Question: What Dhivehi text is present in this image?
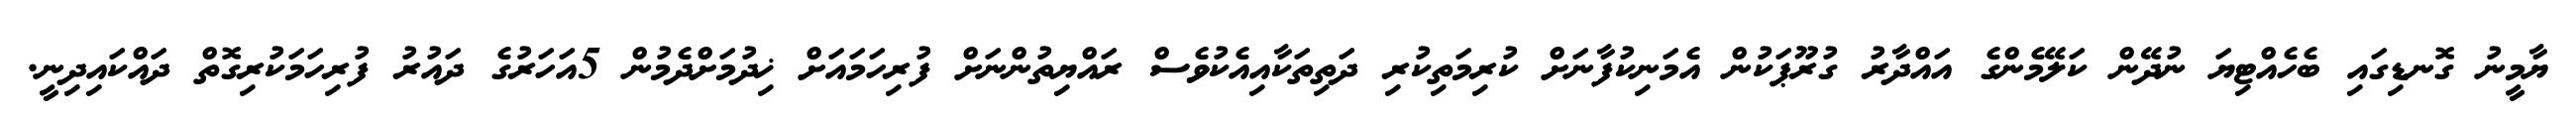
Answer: ޔާމީނު ގޮނޑިގައި ބެހެއްޓިޔަ ނުދޭން ކަލޭމެންގެ އައްދާރު ގުރޫޕަކުން އެމަނިކުފާނަށް ކުރިމަތިކުރި ދަތިތަކާއިއެކުވެސް ރައްޔިތުންނަށް ފުރިހަމައަށް ޚިދުމަށްދެމުން 5އަހަރުގެ ދައުރު ފުރިހަމަކުރިގޮތް ދައްކައިދިނީ.